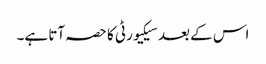
اس کے بعد سیکیورٹی کا حصہ آتا ہے۔